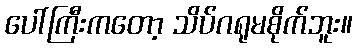
ပေါ်ကြီးကတော့ သိပ်ဂရုမစိုက်ဘူး။